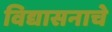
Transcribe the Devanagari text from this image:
विद्यासनाचे